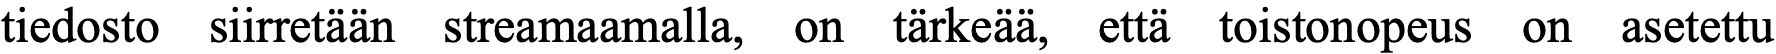
tiedosto siirretään streamaamalla, on tärkeää, että toistonopeus on asetettu